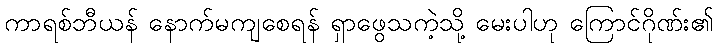
ကာရစ်ဘီယန် နောက်မကျစေရန် ရှာဖွေသကဲ့သို့ မေးပါဟု ကြောင်ဂိုဏ်း၏